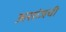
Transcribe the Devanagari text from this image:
असांजची